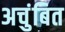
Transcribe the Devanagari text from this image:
अचुंबित